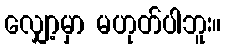
လျှော့မှာ မဟုတ်ပါဘူး။